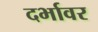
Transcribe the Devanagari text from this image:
दर्भावर